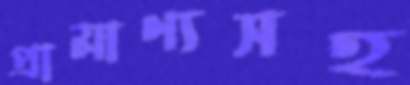
প্রামাণ্যসহ